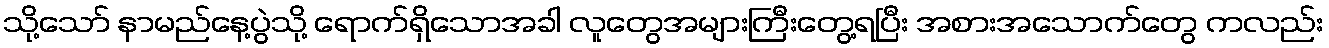
သို့သော် နာမည်နေ့ပွဲသို့ ရောက်ရှိသောအခါ လူတွေအများကြီးတွေ့ရပြီး အစားအသောက်တွေ ကလည်း